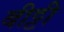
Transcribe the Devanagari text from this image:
बीट्टी